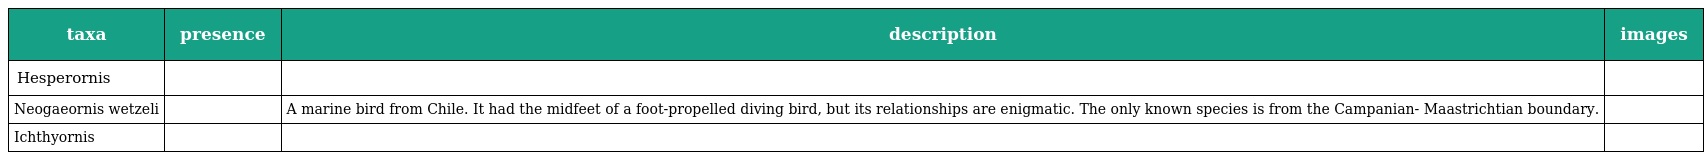
| taxa | presence | description | images |
 | --- | --- | --- | --- |
 | Hesperornis |  |  |  |
 | Neogaeornis wetzeli |  | A marine bird from Chile. It had the midfeet of a foot-propelled diving bird, but its relationships are enigmatic. The only known species is from the Campanian- Maastrichtian boundary. |  |
 | Ichthyornis |  |  |  |